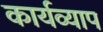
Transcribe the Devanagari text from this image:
कार्यव्याप